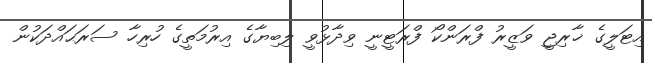
އިޓަލީގެ ޚާރިޖީ ވަޒީރު ފްރަންކޯ ފްރަޓީނީ ވިދާޅުވީ ލިބިޔާގެ އިރުމަތީގެ ހުރިހާ ސަރަޙައްދަކުން